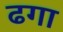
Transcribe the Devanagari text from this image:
ढगा